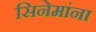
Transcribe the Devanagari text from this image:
सिनेमांना